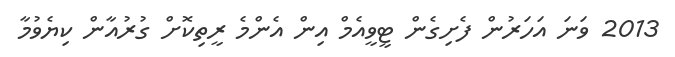
2013 ވަނަ އަހަރުން ފެށިގެން ޓީވީއެމް އިން އެންމެ ރީތިކޮށް ގުރުއާން ކިޔެވުމާ